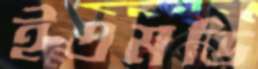
ইএমডি